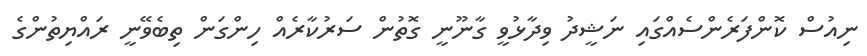
ނިއުސް ކޮންފަރެންސެއްގައި ނަޝީދު ވިދާޅުވީ ގާނޫނީ ގޮތުން ސަރުކާރެއް ހިންގަން ތިބެވޭނީ ރައްޔިތުންގެ